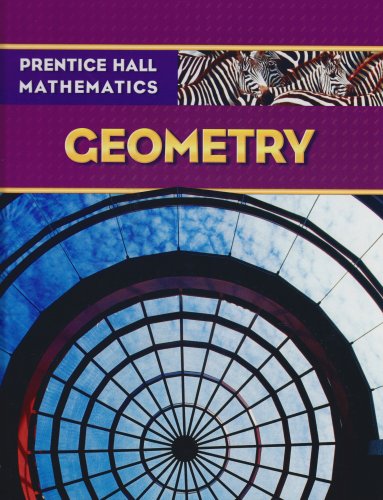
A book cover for Prentice Hall Math: Geometry, Student Edition; Laurie E. Bass; Teen & Young Adult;